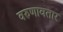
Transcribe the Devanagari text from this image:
वरुणावतार